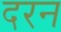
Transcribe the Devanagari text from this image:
दरन